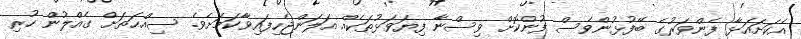
އެކަށައަޅާ ފެންވަރުގެ ބޭފުޅުންވެސް ފުންކޮށް ވިސްނާ ފިޔަވަޅުތަކެއް އަލަންޖެހިފައިވާކަމަށެވެ. ސިއްޙަތަށް ގެއްލުން ހުރި